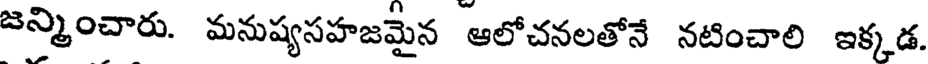
జన్మించారు. మనుష్యసహజమైన ఆలోచనలతోనే నటించాలి ఇక్కడ.